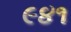
૯૪૧